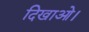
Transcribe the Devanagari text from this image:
दिखाओ।